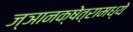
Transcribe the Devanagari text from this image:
ज्ञानक्षेत्रामध्ये